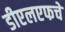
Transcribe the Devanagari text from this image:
डीएलएफचे